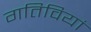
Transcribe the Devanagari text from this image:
गतिवियां